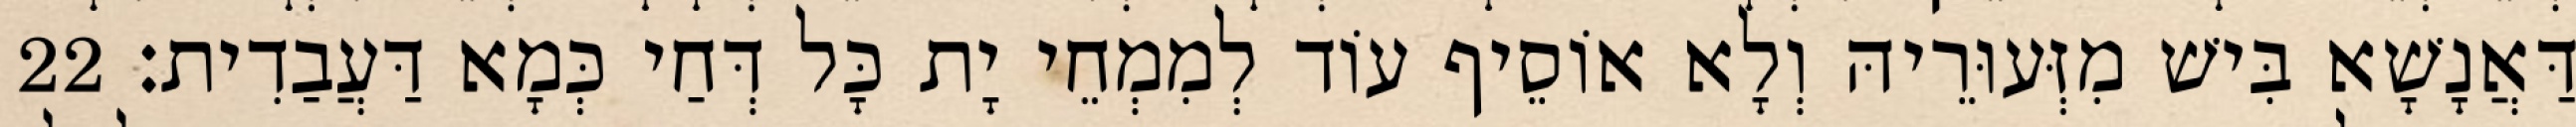
דַּאֲנָשָׁא בִּישׁ מִזְּעוּרֵיהּ וְלָא אוֹסֵיף עוֹד לְמִמְחֵי יָת כָּל דְּחַי כְּמָא דַּעֲבַדִית׃ 22